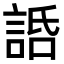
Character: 䛡